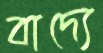
বাদ্যে